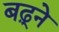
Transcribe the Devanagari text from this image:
बढ़्ने